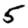
Digit: 5